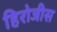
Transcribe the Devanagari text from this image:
हिरोजीस